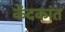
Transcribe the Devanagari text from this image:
केंदकांत